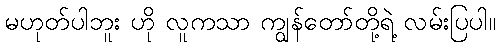
မဟုတ်ပါဘူး ဟို လူကသာ ကျွန်တော်တို့ရဲ့ လမ်းပြပါ။